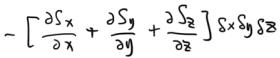
\[ -\left[ \frac{\partial S_x}{\partial x} + \frac{\partial S_y}{\partial y} + \frac{\partial S_z}{\partial z} \right] \delta x \delta y \delta z \]